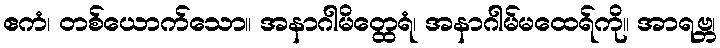
ဧကံ၊ တစ်ယောက်သော။ အနာဂါမိတ္ထေရံ၊ အနာဂါမ်မထေရ်ကို။ အာရဗ္ဘ၊